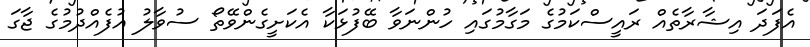
އެފަދަ އިޝާރާތެއް ރައީސްކަމުގެ މަގާމުގައި ހުންނަވާ ބޭފުޅަކާ އެކަށީގެންވޭތޯ ސުވާލު އުފެއްދުމުގެ ޖާގަ